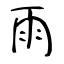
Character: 雨